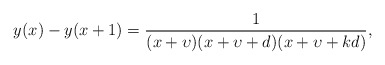
\begin{align*}y(x)-y(x+1)=\frac{1}{(x+\upsilon)(x+\upsilon+d)(x+\upsilon+k d)},\end{align*}